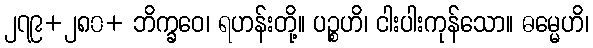
၂၇၉+၂၈၀+ ဘိက္ခဝေ၊ ရဟန်းတို့။ ပဉ္စဟိ၊ ငါးပါးကုန်သော။ ဓမ္မေဟိ၊